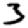
Digit: 3